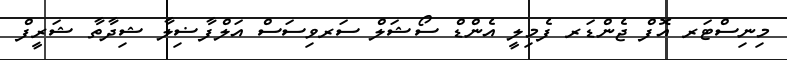
މިނިސްޓަރ އޮފް ޖެންޑަރ ފެމިލީ އެންޑް ސޯޝަލް ސަރވިސަސް އަލްފާޟިލާ ޝިދާތާ ޝަރީފް